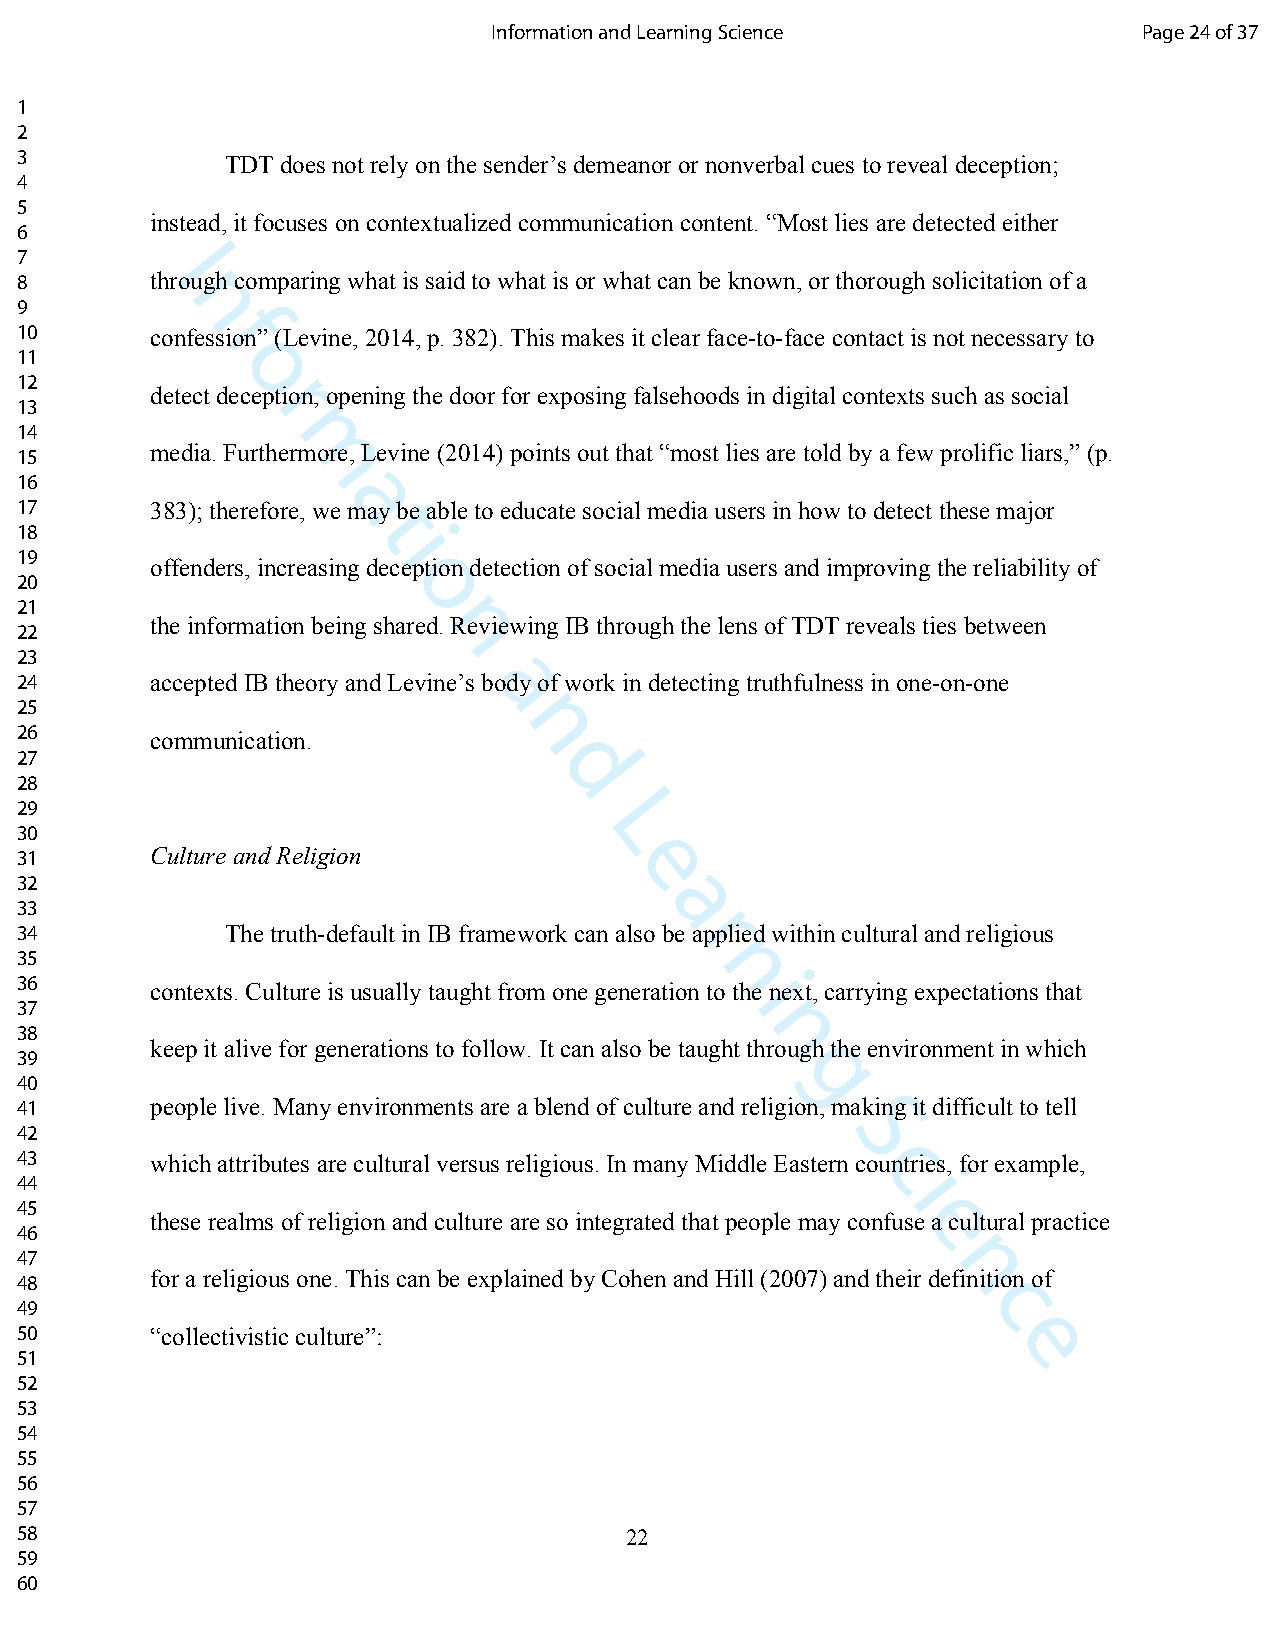
Information and Learning Science           Page 24 of 37
 1
 2
 3             TDT does not rely on the sender’s demeanor or nonverbal cues to reveal deception;
 4
 5
 instead, it focuses on contextualized communication content. “Most lies are detected either
 6
 7        I
 8        through comparing what is said to what is or what can be known, or thorough solicitation of a
 n
 9
 f
 10       confession” (Levine, 2014, p. 382). This makes it clear face-to-face contact is not necessary to
 11
 o
 12
 detect decerption, opening the door for exposing falsehoods in digital contexts such as social
 13
 14
 15
 media. Furthmermore, Levine (2014) points out that “most lies are told by a few prolific liars,” (p.
 16
 a
 17       383); therefore, we may be able to educate social media users in how to detect these major
 t
 18                      i
 19
 offenders, increasing deception detection of social media users and improving the reliability of
 20                       o
 21
 the information being sharedn. Reviewing IB through the lens of TDT reveals ties between
 22
 23
 24       accepted IB theory and Levine’s abody of work in detecting truthfulness in one-on-one
 25
 n
 26       communication.
 27
 d
 28
 29
 L
 30
 31       Culture and Religion           e
 32
 a
 33
 r
 34            The truth-default in IB framework can also be applied within cultural and religious
 35
 n
 36       contexts. Culture is usually taught from one generation to tihe next, carrying expectations that
 37
 38                                               n
 keep it alive for generations to follow. It can also be taught through the environment in which
 39
 g
 40
 41       people live. Many environments are a blend of culture and religion, making it difficult to tell
 42                                                    S
 43       which attributes are cultural versus religious. In many Middle Eastern ccountries, for example,
 44                                                        i
 45
 these realms of religion and culture are so integrated that people may confusee a cultural practice
 46
 47                                                           n
 for a religious one. This can be explained by Cohen and Hill (2007) and their definition of
 48
 c
 49
 50       “collectivistic culture”:                               e
 51
 52
 53
 54
 55
 56
 57
 58                                      22
 59
 60